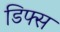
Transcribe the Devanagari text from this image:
डिफ्स